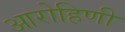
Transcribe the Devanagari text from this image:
आरोहिणी